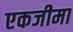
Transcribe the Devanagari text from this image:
एकजीमा